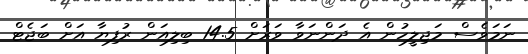
ނަމަވެސް މަޖިލީހުން އެ ދަންނަވާ ވަރަށް 14.5 ބިލިއަން ރުފިޔާ އަށް ބަޖެޓް